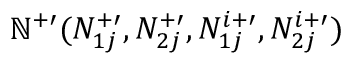
\mathbb { N } ^ { + \prime } ( N _ { 1 j } ^ { + \prime } , N _ { 2 j } ^ { + \prime } , N _ { 1 j } ^ { i + \prime } , N _ { 2 j } ^ { i + \prime } )